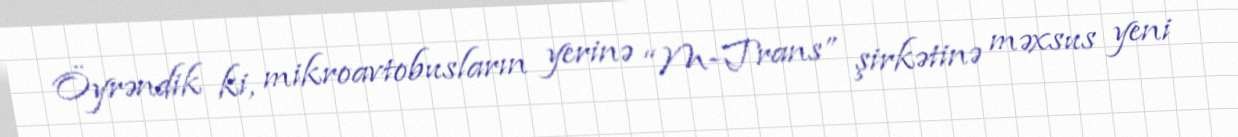
Öyrəndik ki, mikroavtobusların yerinə “M-Trans” şirkətinə məxsus yeni